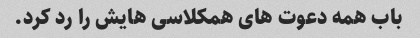
باب همه دعوت های همکلاسی هایش را رد کرد.